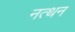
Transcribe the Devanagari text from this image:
नत्थन